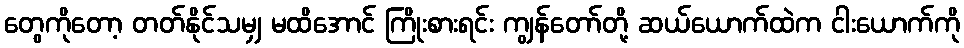
တွေကိုတော့ တတ်နိုင်သမျှ မထိအောင် ကြိုးစားရင်း ကျွန်တော်တို့ ဆယ်ယောက်ထဲက ငါးယောက်ကို